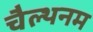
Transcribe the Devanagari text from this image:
चैल्थनम